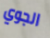
الجوي